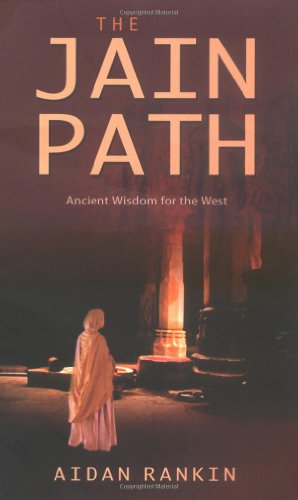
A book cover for The Jain Path: Ancient Wisdom for the West; Aidan Rankin; Religion & Spirituality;